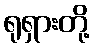
ရုရှားတို့